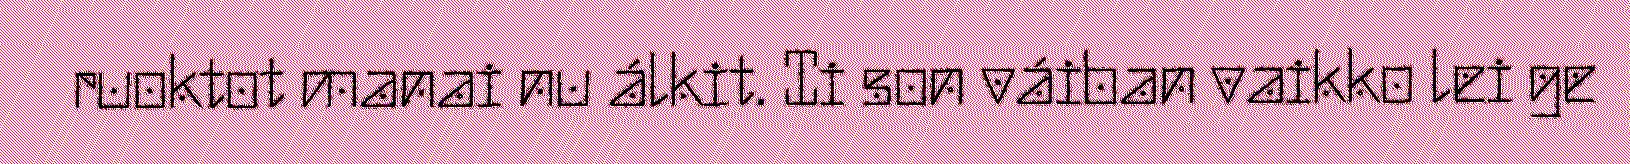
ruoktot manai nu álkit. Ii son váiban vaikko lei ge